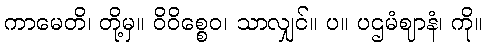
ကာမေတိ၊ တို့မှ။ ဝိဝိစ္စေဝ၊ သာလျှင်။ ပ။ ပဌမံဈာနံ၊ ကို။